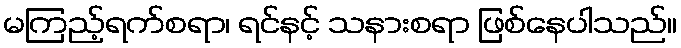
မကြည့်ရက်စရာ၊ ရင်နင့် သနားစရာ ဖြစ်နေပါသည်။